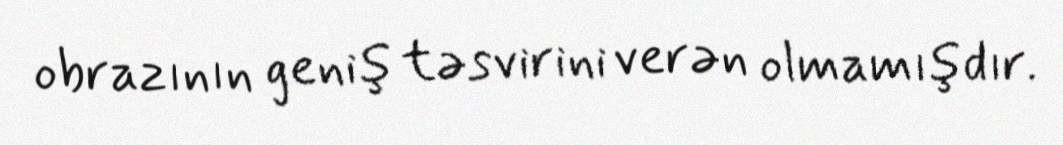
obrazının geniş təsvirini verən olmamışdır.